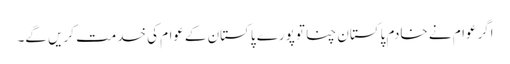
اگرعوام نے خادم پاکستان چنا توپورے پاکستان کےعوام کی خدمت کریں گے۔